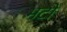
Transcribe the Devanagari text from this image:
भटो